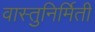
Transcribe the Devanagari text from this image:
वास्तुनिर्मिती